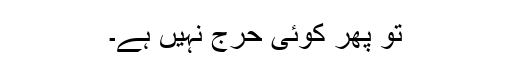
تو پھر کوئی حرج نہیں ہے۔